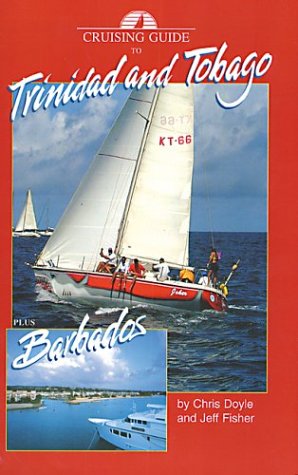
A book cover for Cruising Guide to Trinidad And Tobago Plus Barbados And Guyana; Chris Doyle; Travel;